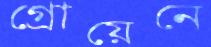
গ্রোয়েনে